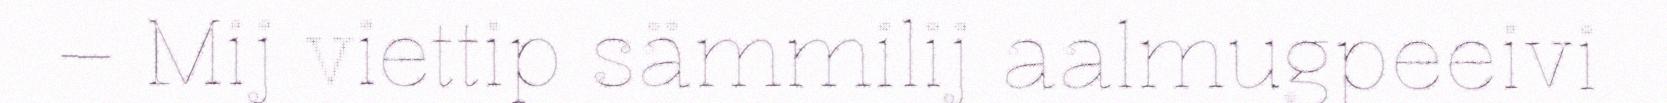
– Mij viettip sämmilij aalmugpeeivi